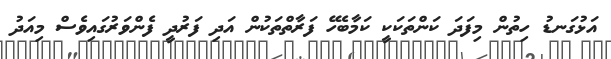
އަޅުގަނޑު ހިތުން މިފަދަ ކަންތަކަކީ ކަމާބެހޭ ފަރާތްތަކުން އަދި ފަރުދީ ފެންވަރުގައިވެސް މިއަދު